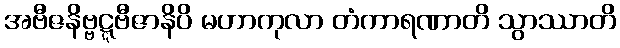
အဗီဇနိဗ္ဗဋ္ဋဗီဇာနိပိ မဟာကုလာ တံကာရဏာတိ သွာဿာတိ